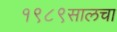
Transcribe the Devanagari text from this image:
१९८९सालचा